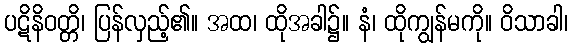
ပဋိနိဝတ္တိ၊ ပြန်လှည့်၏။ အထ၊ ထိုအခါ၌။ နံ၊ ထိုကျွန်မကို။ ဝိသာခါ၊